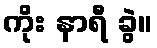
ကိုး နာရီ ခွဲ။